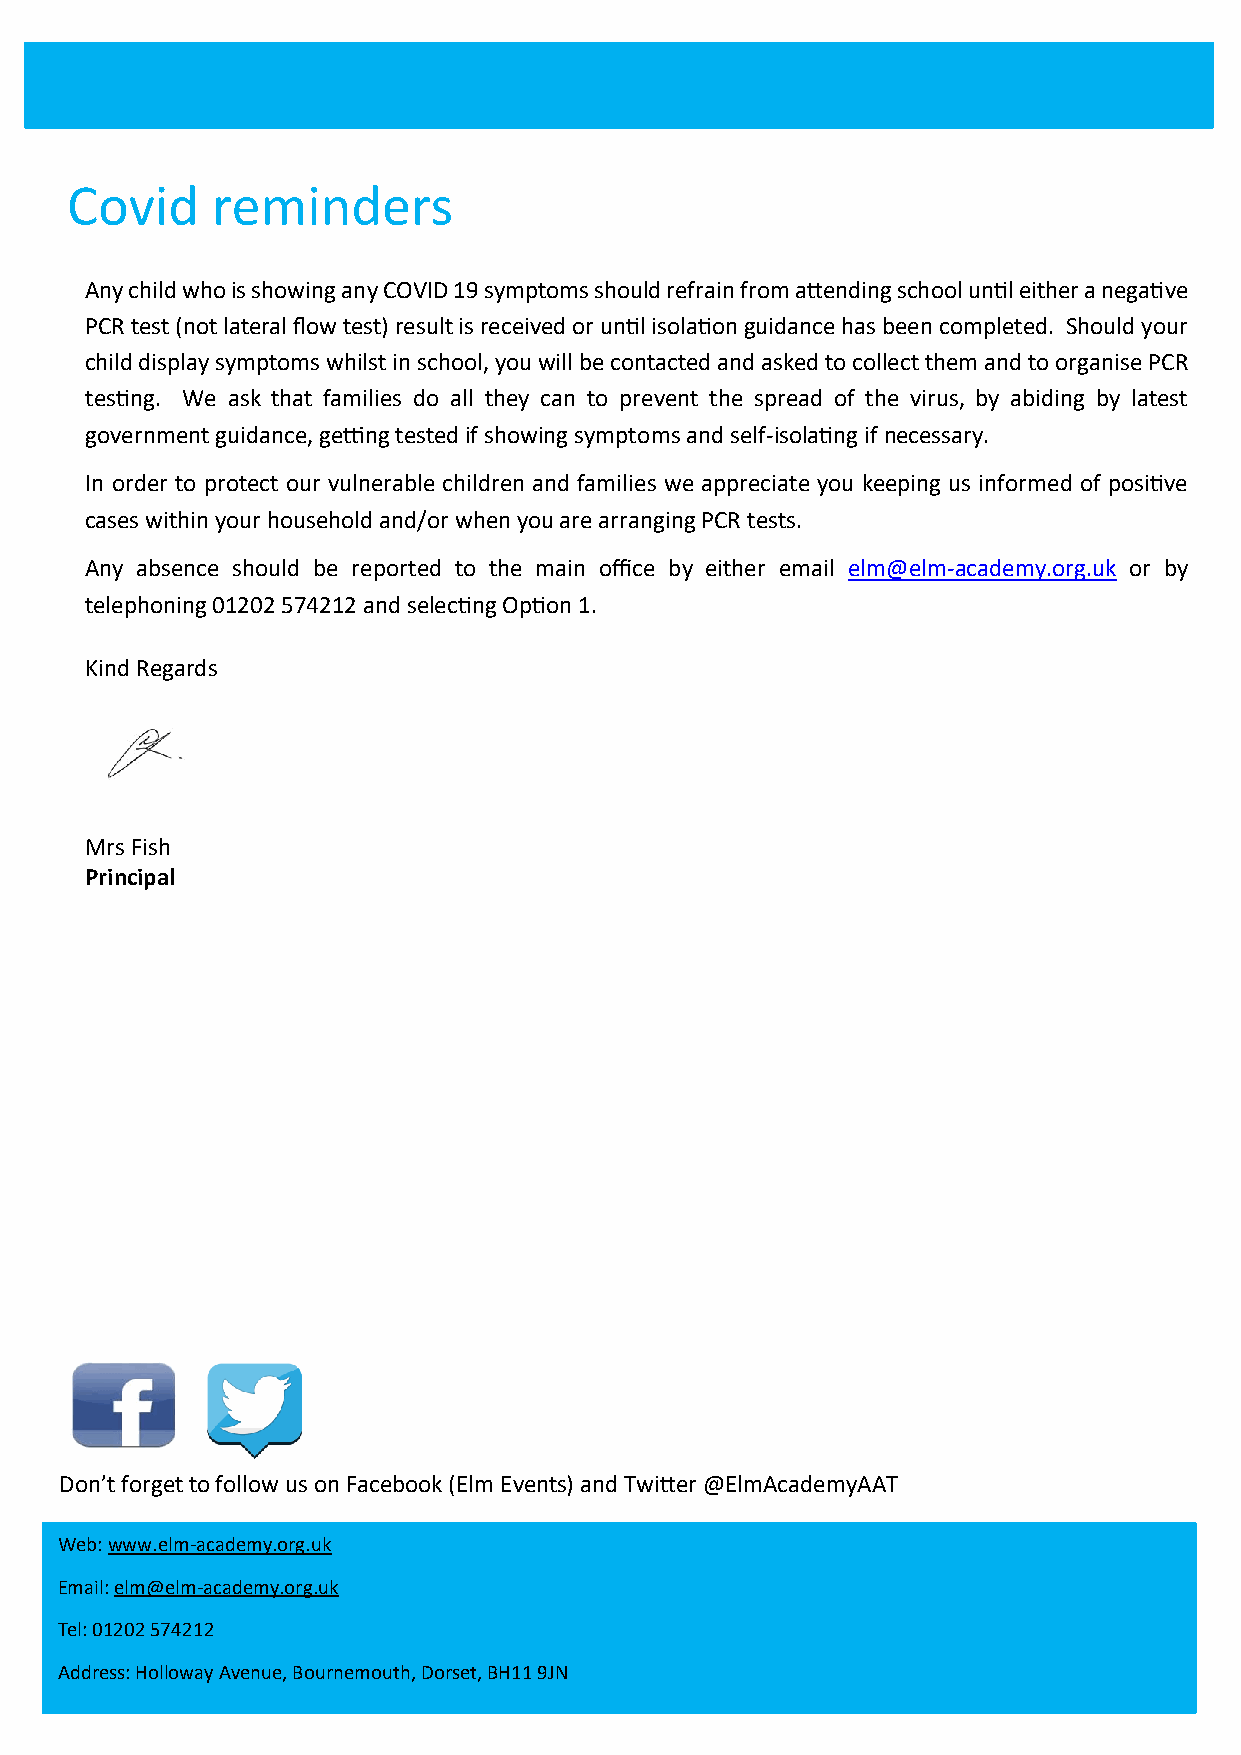
Covid     reminders
 Any child who is showing any COVID 19 symptoms should refrain from attending school until either a negative
 PCR test (not lateral flow test) result is received or until isolation guidance has been completed. Should your
 child display symptoms whilst in school, you will be contacted and asked to collect them and to organise PCR
 testing. We ask that families do all they can to prevent the spread of the virus, by abiding by latest
 government guidance, getting tested if showing symptoms and self-isolating if necessary.
 In order to protect our vulnerable children and families we appreciate you keeping us informed of positive
 cases within your household and/or when you are arranging PCR tests.
 Any absence should be reported to the main office by either email elm@elm-academy.org.uk or by
 telephoning 01202 574212 and selecting Option 1.
 Kind Regards
 Mrs Fish
 Principal
 Don’t forget to follow us on Facebook (Elm Events) and Twitter @ElmAcademyAAT
 Web: www.elm-academy.org.uk
 Email: elm@elm-academy.org.uk
 Tel: 01202 574212
 Address: Holloway Avenue, Bournemouth, Dorset, BH11 9JN